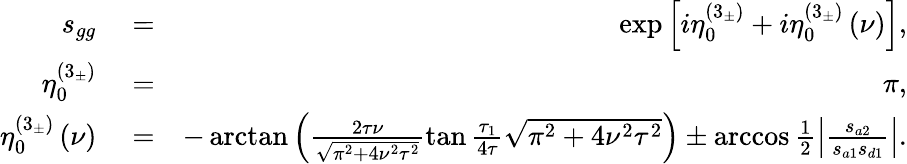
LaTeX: \begin{array}{rlr}{s_{gg}}&{{}=}&{\exp\left[i\eta_{0}^{\left(3_{\pm}\right)}+i\eta_{0}^{\left(3_{\pm}\right)}\left(\nu\right)\right],}\\ {\eta_{0}^{\left(3_{\pm}\right)}}&{{}=}&{\pi,}\\ {\eta_{0}^{\left(3_{\pm}\right)}\left(\nu\right)}&{{}=}&{-\arctan\left(\frac{2\tau\nu}{\sqrt{\pi^{2}+4\nu^{2}\tau^{2}}}\tan\frac{\tau_{1}}{4\tau}\sqrt{\pi^{2}+4\nu^{2}\tau^{2}}\right)\pm\operatorname{arccos}\frac{1}{2}\left\vert\frac{s_{a2}}{s_{a1}s_{d1}}\right\vert.}\end{array}